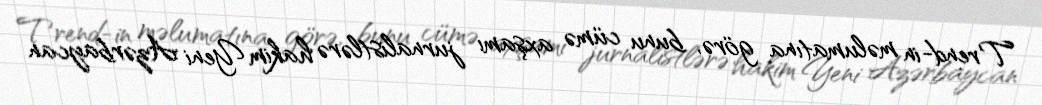
Trend-in məlumatına görə, bunu cümə axşamı jurnalistlərə hakim Yeni Azərbaycan